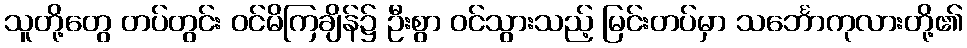
သူတို့တွေ တပ်တွင်း ဝင်မိကြချိန်၌ ဦးစွာ ဝင်သွားသည့် မြင်းတပ်မှာ သင်္ဘောကုလားတို့၏